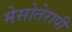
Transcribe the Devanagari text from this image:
मेसोतेरापी